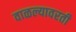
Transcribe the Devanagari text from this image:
वाळल्यावरती